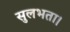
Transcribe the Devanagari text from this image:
सुलभता।